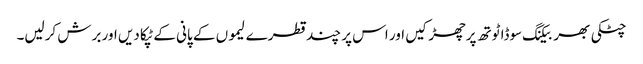
چٹکی بھر بیکنگ سوڈا ٹوتھ پرچھڑکیں اور اس پر چند قطرے لیموں کے پانی کے ٹپکا دیں اور برش کرلیں۔